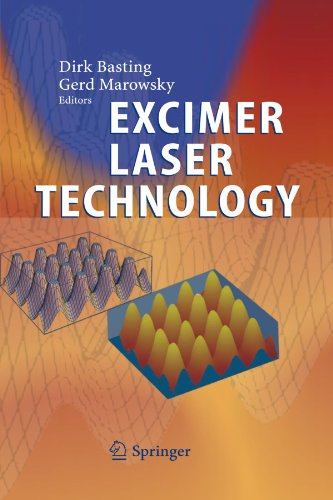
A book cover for Excimer Laser Technology; Science & Math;